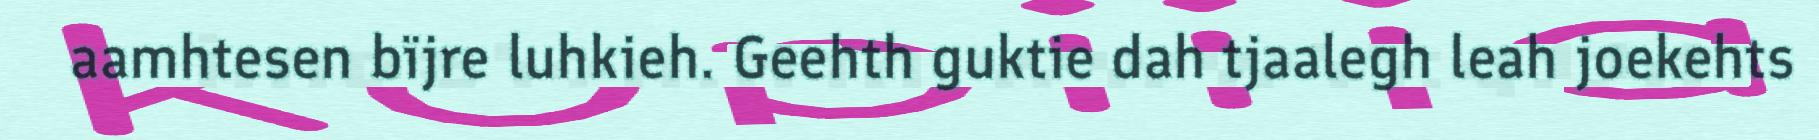
aamhtesen bïjre luhkieh. Geehth guktie dah tjaalegh leah joekehts